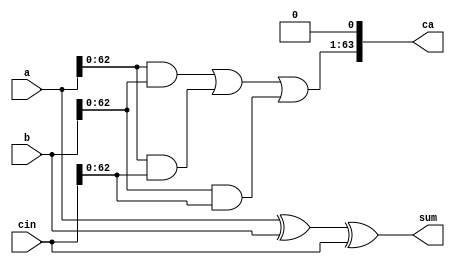
module FA(a, b, cin, sum, ca);
input [63:0]a, b, cin;
output [63:0]sum, ca;

assign sum = a ^ b ^ cin;
assign ca[0]=0;
assign ca[63:1] = (a & b) | (a & cin) | (b & cin);

endmodule